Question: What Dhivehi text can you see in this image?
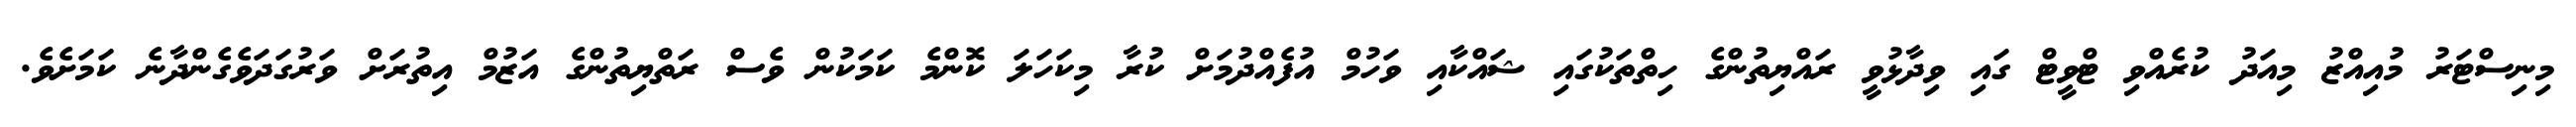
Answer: މިނިސްޓަރު މުއިއްޒު މިއަދު ކުރެއްވި ޓްވީޓް ގައި ވިދާޅުވީ ރައްޔިތުންގެ ހިތްތަކުގައި ޝައްކާއި ވަހުމް އުފެއްދުމަށް ކުރާ މިކަހަލަ ކޮންމެ ކަމަކުން ވެސް ރަތްޔިތުންގެ އަޒުމް އިތުރަށް ވަރުގަދަވެގެންދާނެ ކަމަށެވެ.